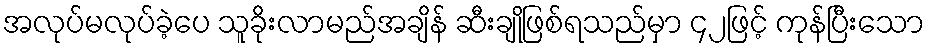
အလုပ်မလုပ်ခဲ့ပေ သူခိုးလာမည်အချိန် ဆီးချိုဖြစ်ရသည်မှာ ၄၂ဖြင့် ကုန်ပြီးသော